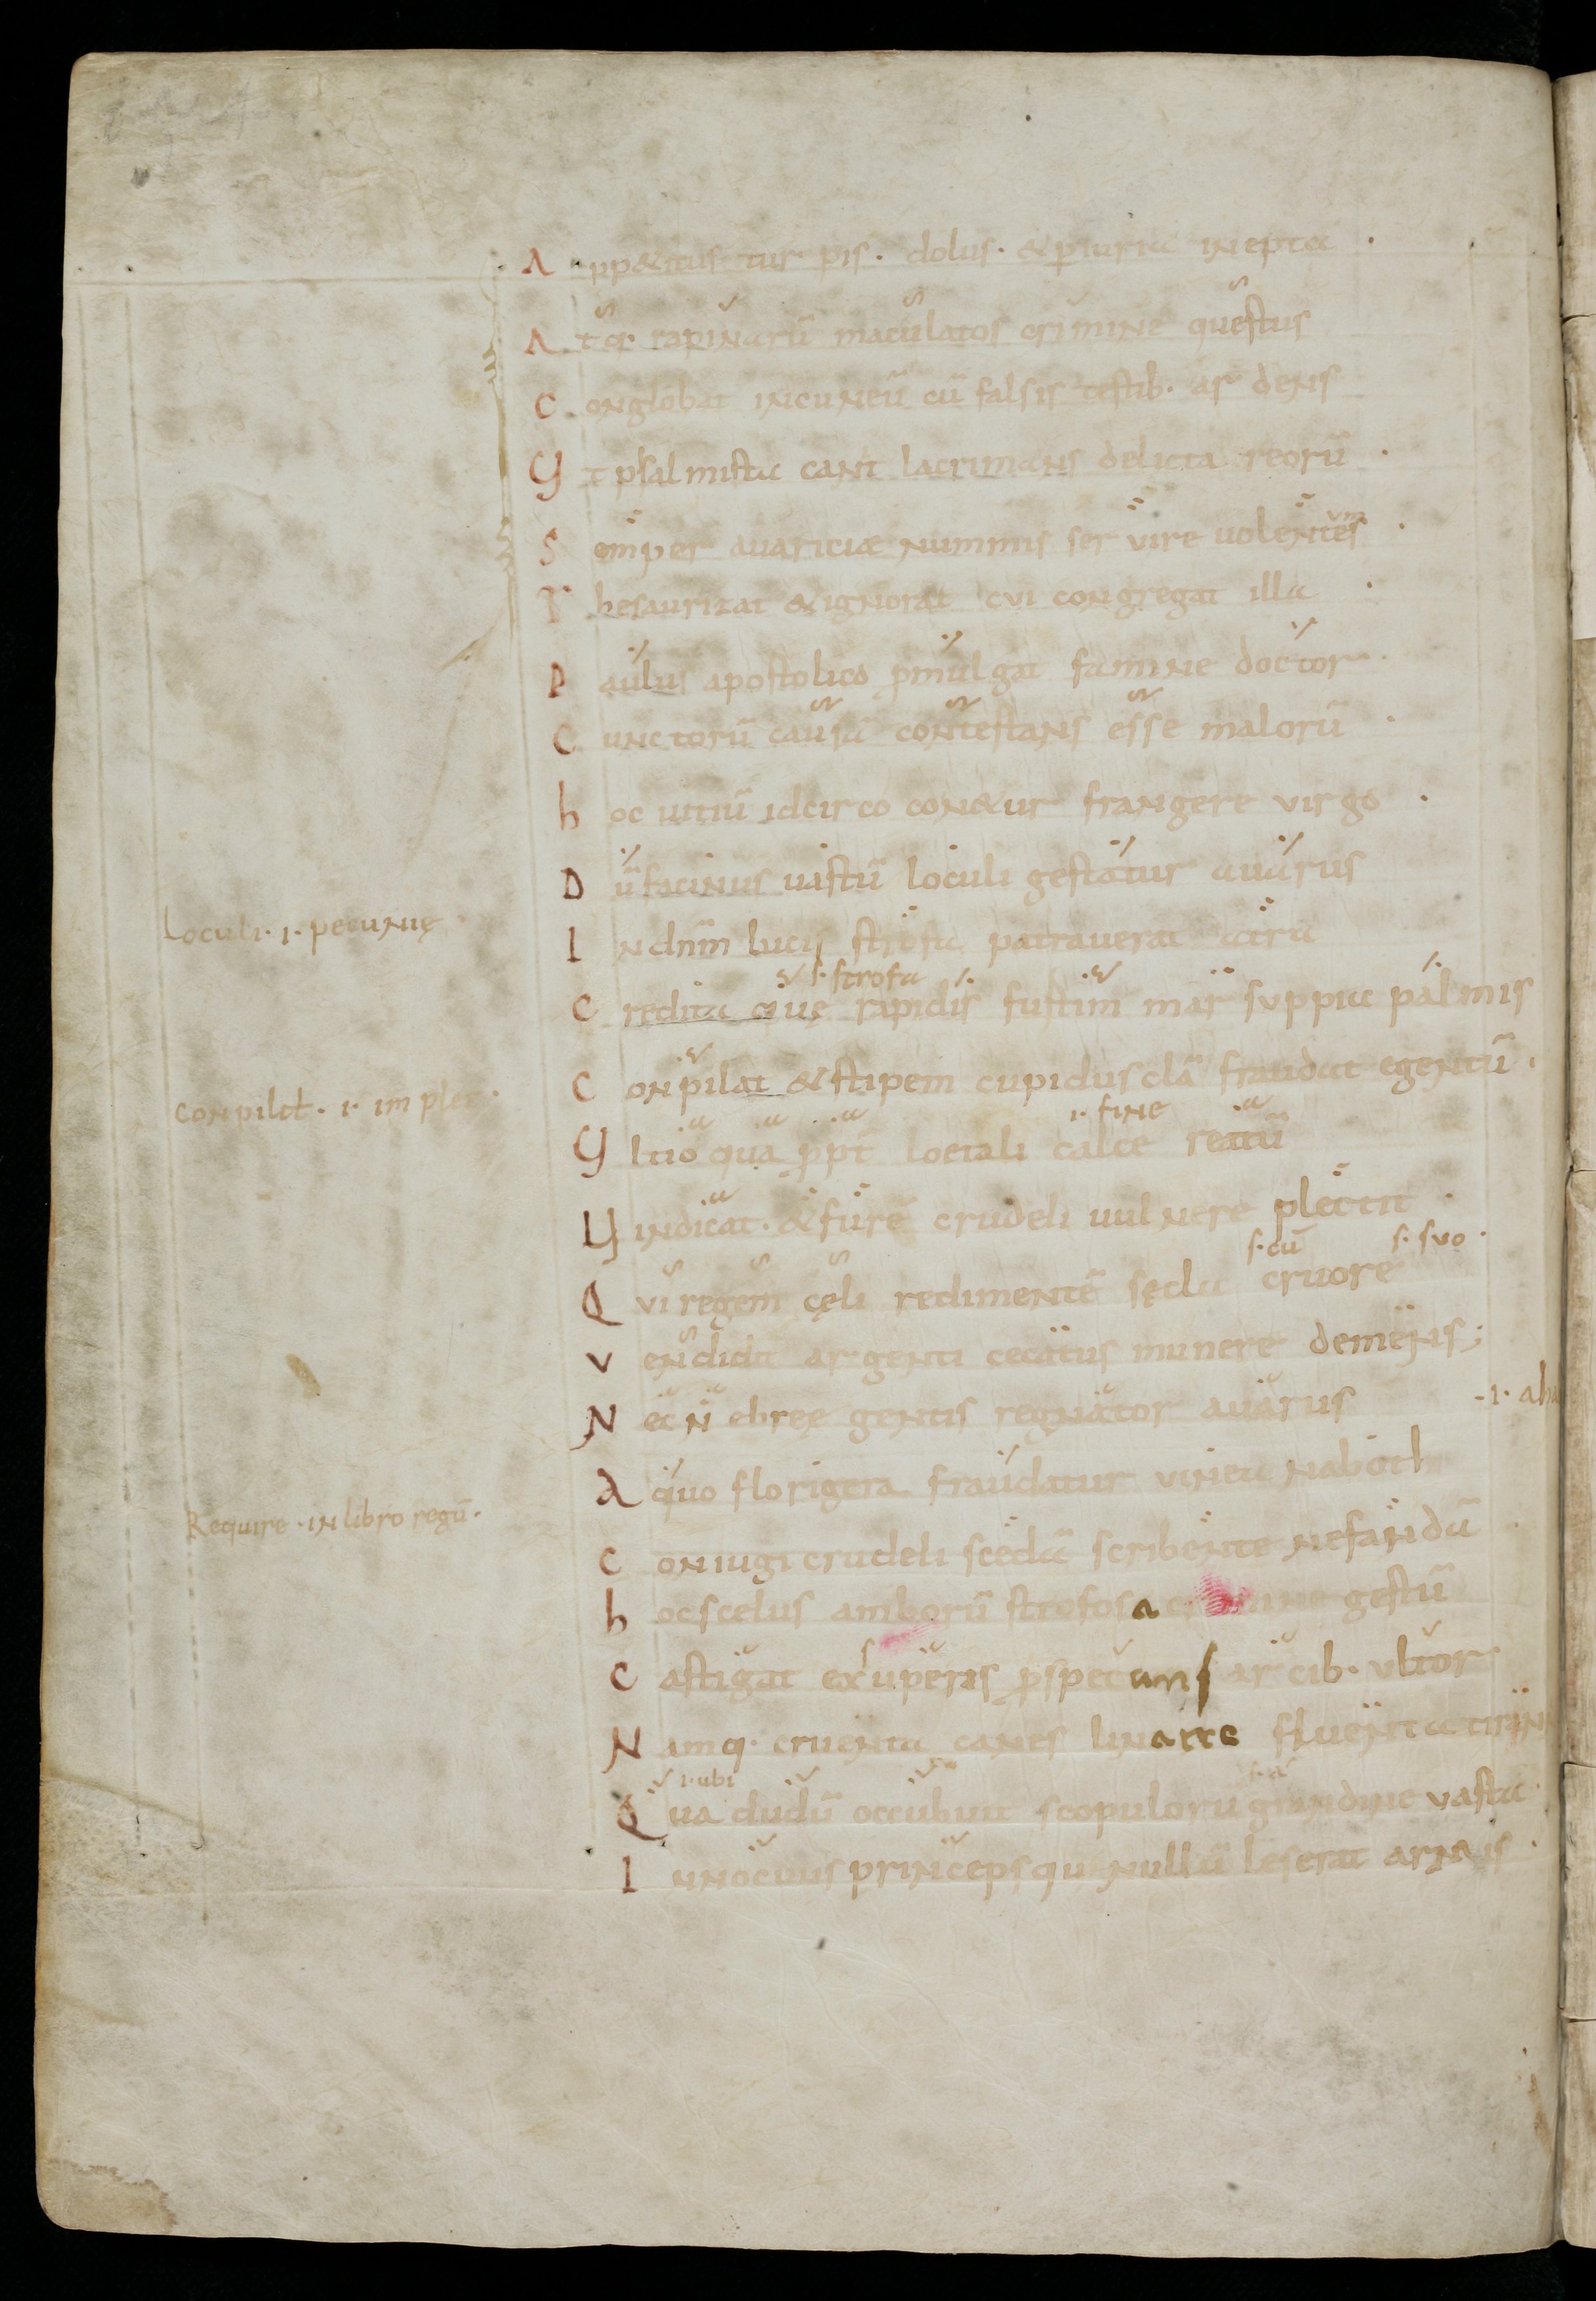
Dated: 900–999